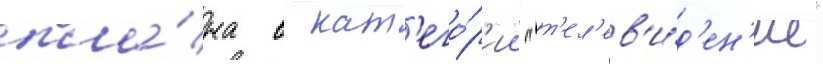
пла́на в кат'его́р'ии "т'ел'ев'и́д'ен'ие"